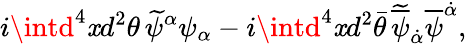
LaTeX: i\intd^{4}\mathit{x}d^{2}\theta\, \widetilde{\psi}^{\alpha}\psi_{\alpha}-i\intd^{4}\mathit{x}d^{2}\bar{{\theta}}\, \widetilde{{\overline{{{\psi}}}}}_{\dot{{\alpha}}}\overline{{{\psi}}}^{\dot{{\alpha}}},